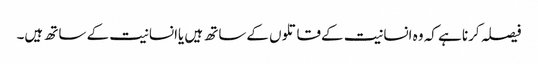
فیصلہ کرنا ہے کہ وہ انسانیت کےقاتلوں کےساتھ ہیں یاانسانیت کے ساتھ ہیں۔